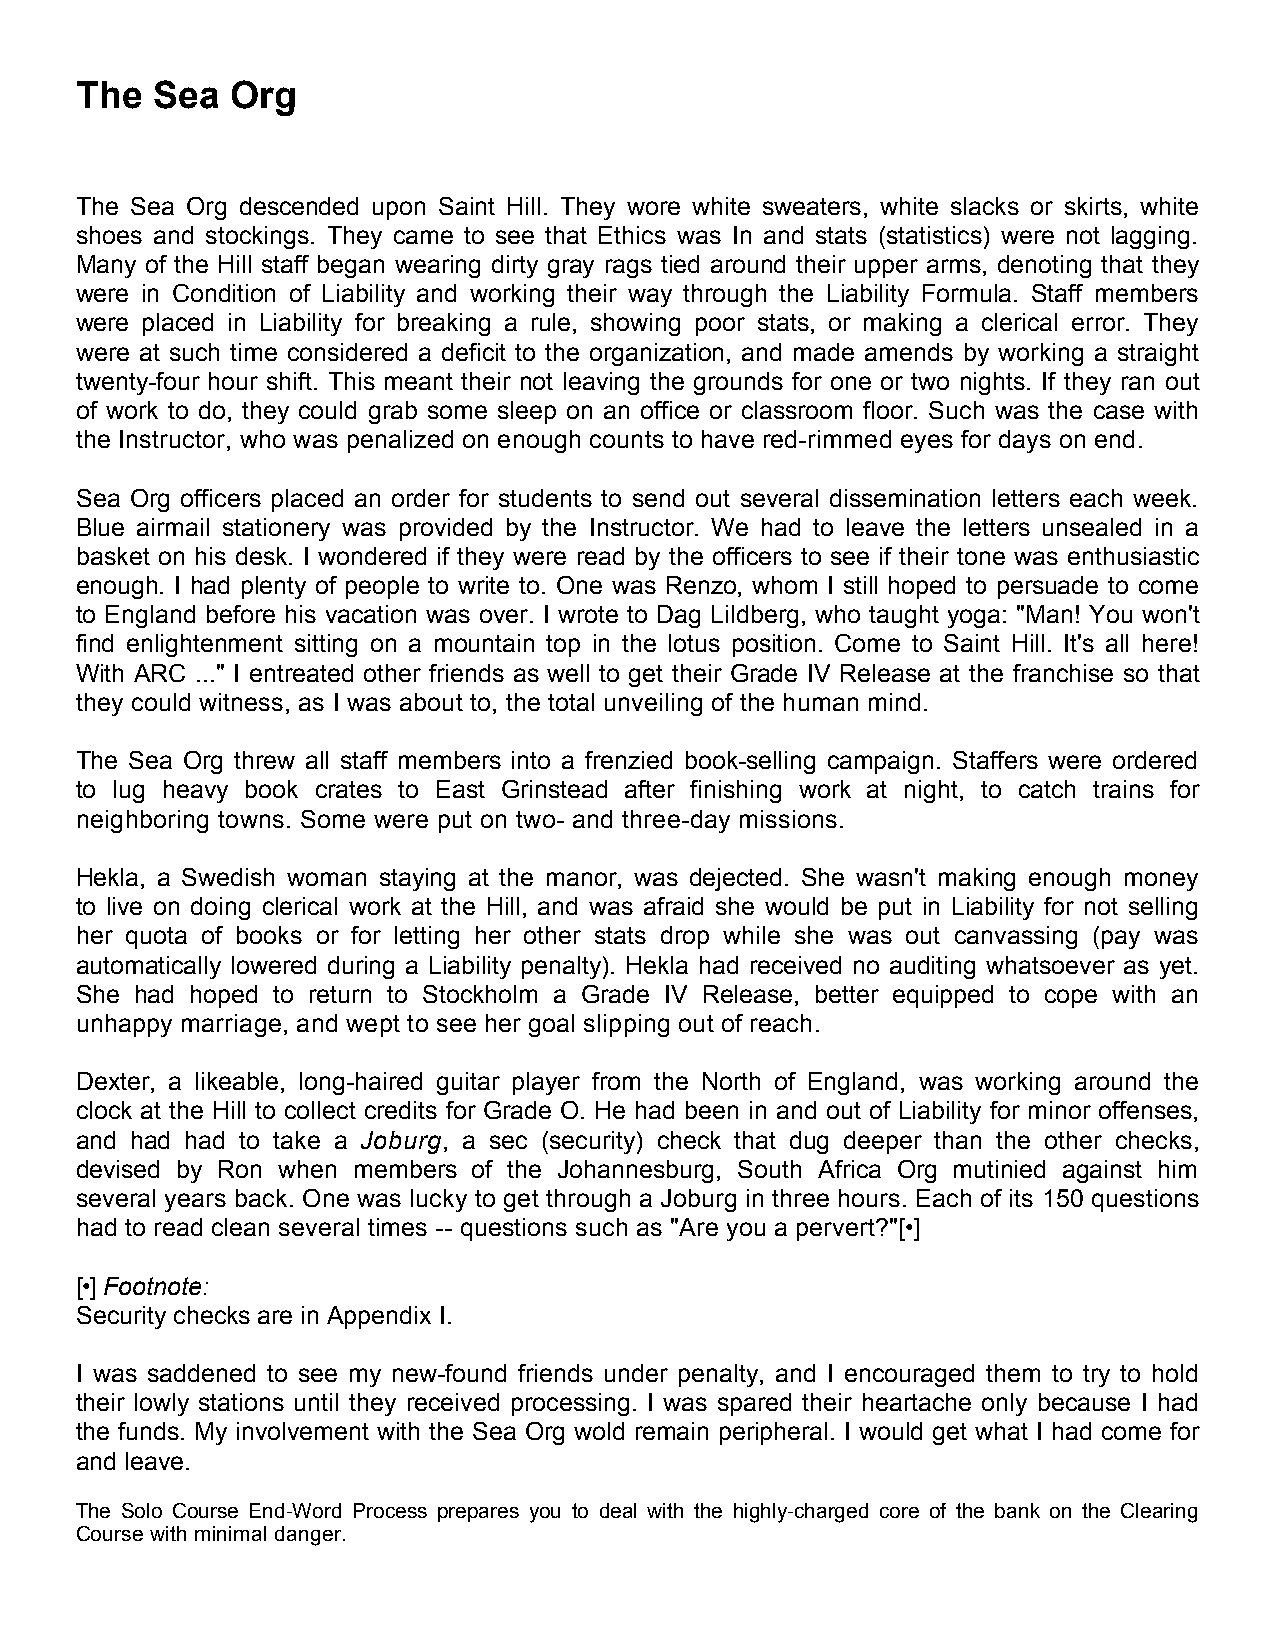
The  Sea  Org
 The Sea Org descended upon Saint Hill. They wore white sweaters, white slacks or skirts, white
 shoes and stockings. They came to see that Ethics was In and stats (statistics) were not lagging.
 Many of the Hill staff began wearing dirty gray rags tied around their upper arms, denoting that they
 were in Condition of Liability and working their way through the Liability Formula. Staff members
 were placed in Liability for breaking a rule, showing poor stats, or making a clerical error. They
 were at such time considered a deficit to the organization, and made amends by working a straight
 twenty-four hour shift. This meant their not leaving the grounds for one or two nights. If they ran out
 of work to do, they could grab some sleep on an office or classroom floor. Such was the case with
 the Instructor, who was penalized on enough counts to have red-rimmed eyes for days on end.
 Sea Org officers placed an order for students to send out several dissemination letters each week.
 Blue airmail stationery was provided by the Instructor. We had to leave the letters unsealed in a
 basket on his desk. I wondered if they were read by the officers to see if their tone was enthusiastic
 enough. I had plenty of people to write to. One was Renzo, whom I still hoped to persuade to come
 to England before his vacation was over. I wrote to Dag Lildberg, who taught yoga: "Man! You won't
 find enlightenment sitting on a mountain top in the lotus position. Come to Saint Hill. It's all here!
 With ARC ..." I entreated other friends as well to get their Grade IV Release at the franchise so that
 they could witness, as I was about to, the total unveiling of the human mind.
 The Sea Org threw all staff members into a frenzied book-selling campaign. Staffers were ordered
 to lug heavy book crates to East Grinstead after finishing work at night, to catch trains for
 neighboring towns. Some were put on two- and three-day missions.
 Hekla, a Swedish woman staying at the manor, was dejected. She wasn't making enough money
 to live on doing clerical work at the Hill, and was afraid she would be put in Liability for not selling
 her quota of books or for letting her other stats drop while she was out canvassing (pay was
 automatically lowered during a Liability penalty). Hekla had received no auditing whatsoever as yet.
 She had hoped to return to Stockholm a Grade IV Release, better equipped to cope with an
 unhappy marriage, and wept to see her goal slipping out of reach.
 Dexter, a likeable, long-haired guitar player from the North of England, was working around the
 clock at the Hill to collect credits for Grade O. He had been in and out of Liability for minor offenses,
 and had had to take a Joburg, a sec (security) check that dug deeper than the other checks,
 devised by Ron when members of the Johannesburg, South Africa Org mutinied against him
 several years back. One was lucky to get through a Joburg in three hours. Each of its 150 questions
 had to read clean several times -- questions such as "Are you a pervert?"[•]
 [•] Footnote:
 Security checks are in Appendix I.
 I was saddened to see my new-found friends under penalty, and I encouraged them to try to hold
 their lowly stations until they received processing. I was spared their heartache only because I had
 the funds. My involvement with the Sea Org wold remain peripheral. I would get what I had come for
 and leave.
 The Solo Course End-Word Process prepares you to deal with the highly-charged core of the bank on the Clearing
 Course with minimal danger.